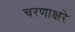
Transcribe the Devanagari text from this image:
चरणाक्षरे